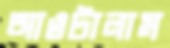
আওটালাম